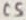
Text: C2